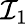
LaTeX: \mathcal{I}_{1}